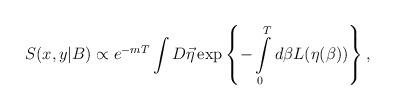
LaTeX: \begin{align*}S(x,y|B) \propto e^{-mT}\int D\vec\eta\exp\left\{-\int\limits_0^Td\beta L(\eta(\beta))\right\},\end{align*}